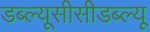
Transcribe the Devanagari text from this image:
डब्ल्यूसीसीडब्ल्यू